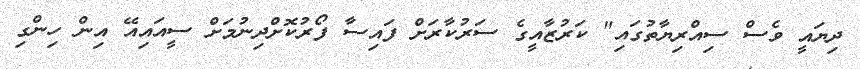
ދިޔައީ ވެސް ސިއްރިޔާތުގައި" ކަރުޒާއީގެ ސަރުކާރަށް ފައިސާ ފޯރުކޮށްދިނުމަށް ސީއައިއޭ އިން ހިންގި